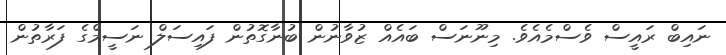
ނައިބް ރައީސް ވެސްމެއެވެ. މިނޫނަސް ބައެއް ޒުވާނުން ބުނާގޮތުން ފައިސަލް ނަސީމްގެ ފަރާތުން